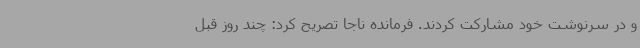
و در سرنوشت خود مشارکت کردند. فرمانده ناجا تصریح کرد: چند روز قبل